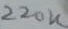
Text: 220K